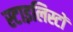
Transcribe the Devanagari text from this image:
स्टाइलिस्टों